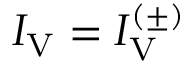
I _ { \mathrm { V } } = I _ { \mathrm { V } } ^ { ( \pm ) }